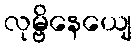
လုမ္ဗိနေယျေ